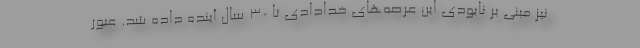
نیز مبنی بر نابودی این عرصه‌های خدادادی تا ۳۰ سال آینده داده شد. عبور